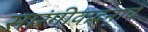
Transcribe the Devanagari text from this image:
सारंगीवादनाचे